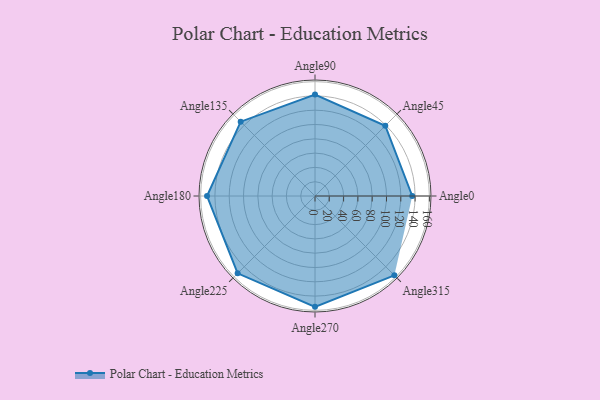
{"axis": {"x": "Angle", "y": "Radius"}, "legend": [""], "data": [{"x": "Angle0", "y": 136.0, "type": ""}, {"x": "Angle45", "y": 139.0, "type": ""}, {"x": "Angle90", "y": 142.0, "type": ""}, {"x": "Angle135", "y": 147.0, "type": ""}, {"x": "Angle180", "y": 151.0, "type": ""}, {"x": "Angle225", "y": 153.0, "type": ""}, {"x": "Angle270", "y": 155.0, "type": ""}, {"x": "Angle315", "y": 157.0, "type": ""}]}